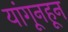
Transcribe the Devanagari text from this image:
यांगूनहून